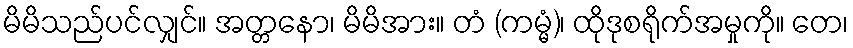
မိမိသည်ပင်လျှင်။ အတ္တနော၊ မိမိအား။ တံ (ကမ္မံ)၊ ထိုဒုစရိုက်အမှုကို။ တေ၊